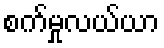
စက်မှုလယ်ယာ